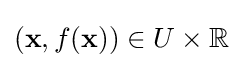
(\mathbf {x} ,f(\mathbf {x} ))\in U\times \mathbb {R}